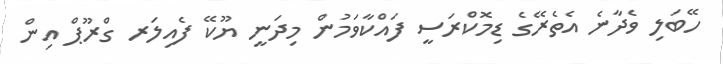
ހޭބަލި ވެދާނެ އެތެރޭގެ ޑިމޮކްރަސީ ފައްކާވަމުން މިދަނީ ޔޫކޭ ފެއިލަރ ގްރޫޕް އިން